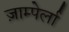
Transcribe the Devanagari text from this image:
ज़ाम्पेर्ला